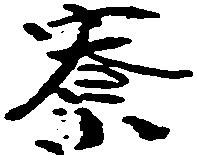
寮